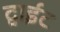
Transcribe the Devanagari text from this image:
द्वाईट